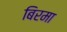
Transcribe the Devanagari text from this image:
बिरमा